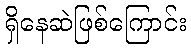
ရှိနေဆဲဖြစ်ကြောင်း